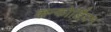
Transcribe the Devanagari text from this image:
कन्कोर्डियन